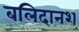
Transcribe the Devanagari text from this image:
बलिदानश्